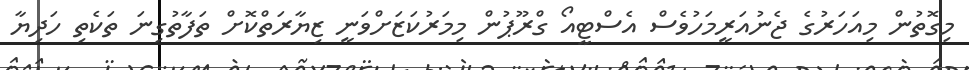
މިގޮތުން މިއަހަރުގެ ޖެނުއަރީމަހުވެސް އެސްޓީއޯ ގްރޫޕުން މިމަރުކަޒަށްވަނީ ޒިޔާރަތްކޮށް ތަފާތުގިނަ ތަކެތި ހަދިޔާ